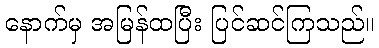
နောက်မှ အမြန်ထပြီး ပြင်ဆင်ကြသည်။